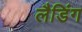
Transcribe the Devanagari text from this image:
लैडिंग